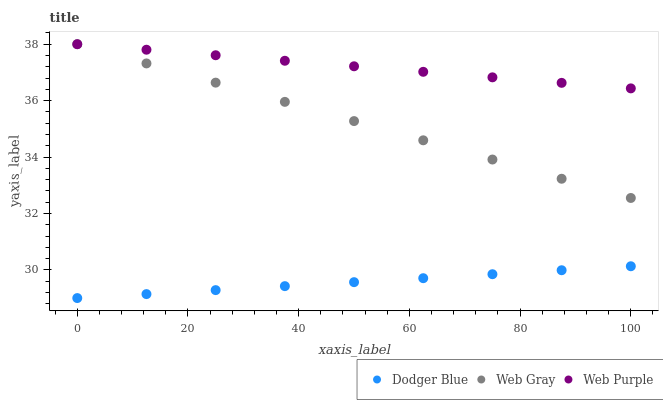
| xaxis_label | Dodger Blue | Web Gray | Web Purple |
 | --- | --- | --- | --- |
 | 0 | 29 | 38 | 38 |
 | 12.5 | 29.1 | 37.3 | 37.8 |
 | 25 | 29.3 | 36.6 | 37.6 |
 | 37.5 | 29.4 | 36 | 37.4 |
 | 50 | 29.6 | 35.3 | 37.2 |
 | 62.5 | 29.7 | 34.6 | 37 |
 | 75 | 29.8 | 33.9 | 36.8 |
 | 87.5 | 30 | 33.2 | 36.6 |
 | 100 | 30.1 | 32.5 | 36.4 |